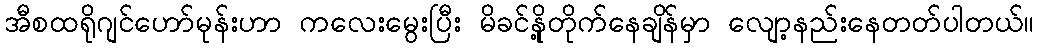
အီစထရိုဂျင်ဟော်မုန်းဟာ ကလေးမွေးပြီး မိခင်နို့တိုက်နေချိန်မှာ လျော့နည်းနေတတ်ပါတယ်။